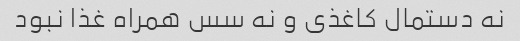
نه دستمال کاغذی و نه سس همراه غذا نبود